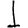
Digit: 1